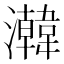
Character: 𬉧